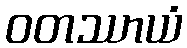
ဝတဿာယံ